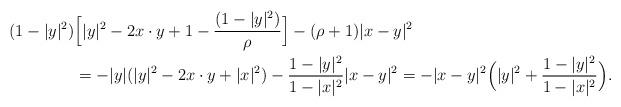
LaTeX: \begin{align*}(1-|y|^2)&\Big[|y|^2-2x\cdot y+1-\frac{(1-|y|^2)}{\rho}\Big] -(\rho+1)|x-y|^2\\&=-|y|(|y|^2-2x\cdot y +|x|^2)-\frac{1-|y|^2}{1-|x|^2}|x-y|^2 = -|x-y|^2\Big(|y|^2+\frac{1-|y|^2}{1-|x|^2}\Big).\end{align*}